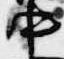
中